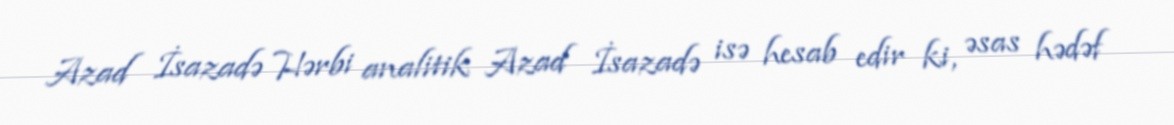
Azad İsazadə Hərbi analitik Azad İsazadə isə hesab edir ki, əsas hədəf